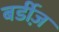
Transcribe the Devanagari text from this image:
बर्डीज़